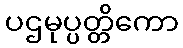
ပဌမုပ္ပတ္တိကော